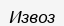
Извоз